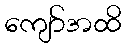
ကျော်အထိ